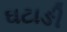
ઘટાઙી